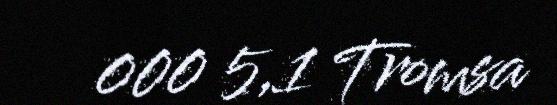
000 5,1 Tromsa